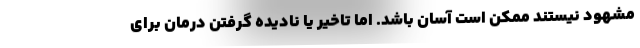
مشهود نیستند ممکن است آسان باشد. اما تاخیر یا نادیده گرفتن درمان برای